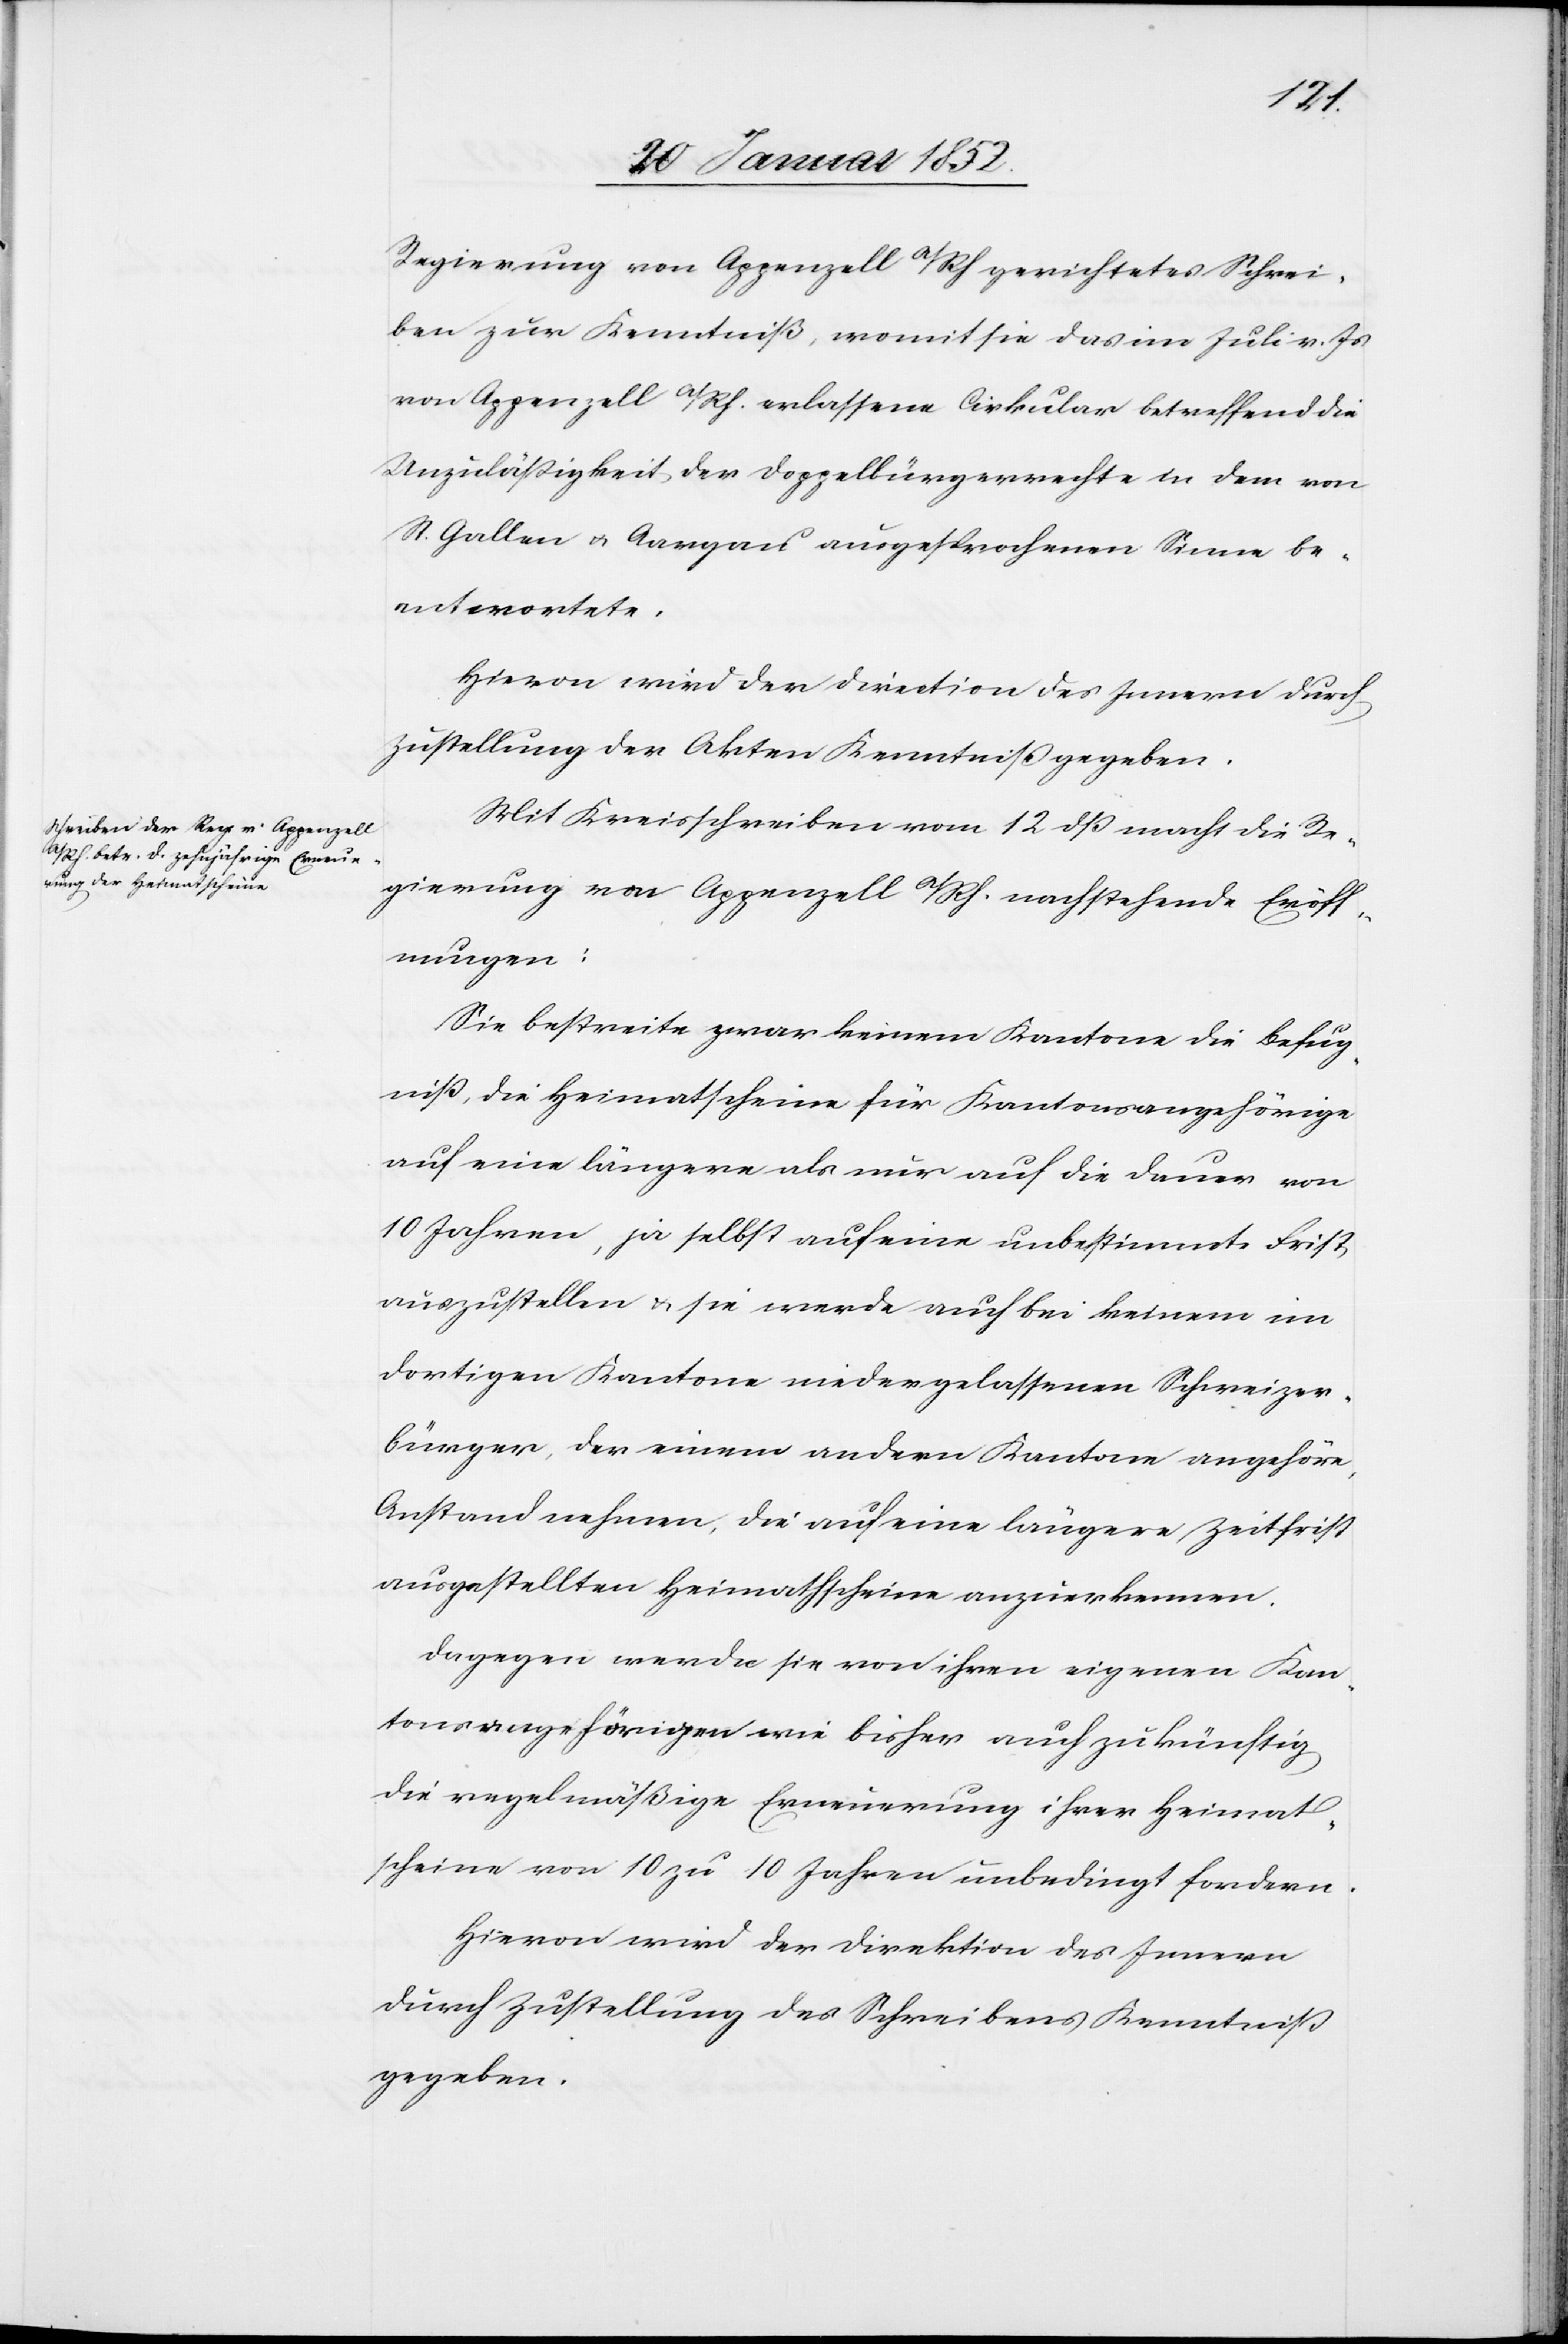
Regierung von Appenzell a/Rh gerichtetes Schrei¬
ben zur Kenntniß, womit sie das im Juli v. Js
von Appenzell a/Rh. erlassene Cirkular betreffend die
Unzuläßigkeit der Doppelbürgerrechte in dem von
St. Gallen u. Aargau ausgesprochenen Sinne be¬
antwortete.
Hievon wird der Direction des Innern durch
Zustellung der Akten Kenntniß gegeben.
Mit Kreisschreiben vom 12 dß macht die Re¬
gierung von Appenzell a/Rh. nachstehende Eröff¬
nungen:
Sie bestreite zwar keinem Kantone die Befug¬
niß, die Heimathscheine für Kantonsangehörige
auf eine längere als nur auf die Dauer von
10 Jahren, ja selbst auf eine unbestimmte Frist
auszustellen u. sie werde auch bei keinem im
dortigen Kantone niedergelassenen Schweizer¬
bürger, der einem andern Kantone angehöre,
Anstand nehmen, die auf eine längere Zeitfrist
ausgestellten Heimathscheine anzuerkennen.
Dagegen werde sie von ihren eigenen Kan¬
tonsangehörigen wie bisher auch zukünftig
die regelmäßige Erneuerung ihrer Heimath¬
scheine von 10 zu 10 Jahren unbedingt fordern.
Hievon wird der Direktion des Innern
durch Zustellung des Schreibens Kenntniß
gegeben.